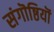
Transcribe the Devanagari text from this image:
संगॊष्ठियॊं